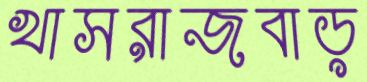
খাসরাজবাড়